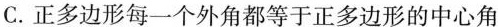
C.正多边形每一个外角都等于正多边形的中心角